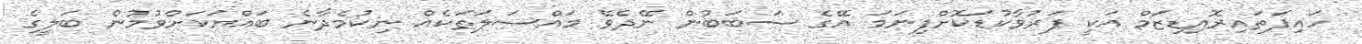
ހައިޕަތައިރޮއިޑިޒަމް އަކީ ފަރުވާކުޑަކޮށްފިނަމަ އޭގެ ސަބަބުން ނޭދެވޭ މައްސަލަތަކެއް ނިކުމެދާނެ ބައްޔަކަށްވުމުން ބަލީގެ